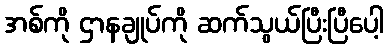
အစ်ကို ဌာနချုပ်ကို ဆက်သွယ်ပြီးပြီပေါ့